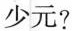
少元?